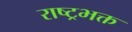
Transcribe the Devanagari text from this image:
राष्ट्रभक्त